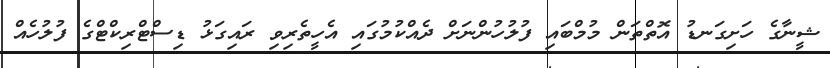
ޝީނާގެ ހަށިގަނޑު އޮތްތަން މުމްބައި ފުލުހުންނަށް ދެއްކުމުގައި އެހީތެރިވި ރައިގަޅު ޑިސްޓްރިކްޓްގެ ފުލުހެއް